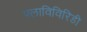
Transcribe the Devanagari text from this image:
फ्लाविविरिडी